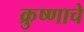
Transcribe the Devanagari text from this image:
क्रुष्णाचे